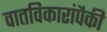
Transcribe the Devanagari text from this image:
वातविकारांपैकी